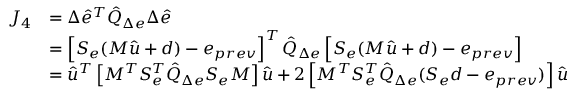
\begin{array} { r l } { J _ { 4 } } & { = \Delta \hat { e } ^ { T } \hat { Q } _ { \Delta e } \Delta \hat { e } } \\ & { = \left[ S _ { e } ( M \hat { u } + d ) - e _ { p r e v } \right] ^ { T } \hat { Q } _ { \Delta e } \left[ S _ { e } ( M \hat { u } + d ) - e _ { p r e v } \right] } \\ & { = \hat { u } ^ { T } \left[ M ^ { T } S _ { e } ^ { T } \hat { Q } _ { \Delta e } S _ { e } M \right] \hat { u } + 2 \left[ M ^ { T } S _ { e } ^ { T } \hat { Q } _ { \Delta e } ( S _ { e } d - e _ { p r e v } ) \right] \hat { u } } \end{array}